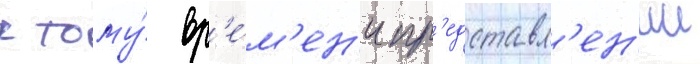
к тому́ вр'е́м'ен'и пр'едставл'ен'ии